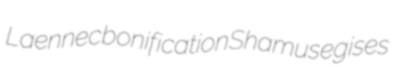
Laennec bonification Shamus egises